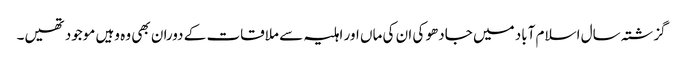
گزشتہ سال اسلام آباد میں جادھو کی ان کی ماں اور اہلیہ سے ملاقات کے دوران بھی وہ وہیں موجود تھیں۔